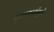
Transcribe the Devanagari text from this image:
पुरस्कारांमुळे